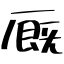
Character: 厩